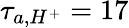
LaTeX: \tau_{a,H^{+}}=17